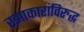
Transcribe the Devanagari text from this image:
रझाकारांविरुद्ध